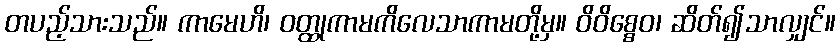
တပည့်သားသည်။ ကာမေဟိ၊ ဝတ္ထုကာမကိလေသာကာမတို့မှ။ ဝိဝိစ္စေဝ၊ ဆိတ်၍သာလျှင်။